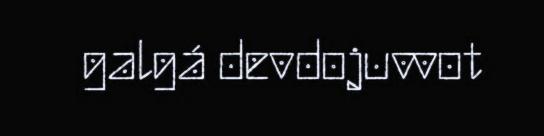
galgá devdojuvvot